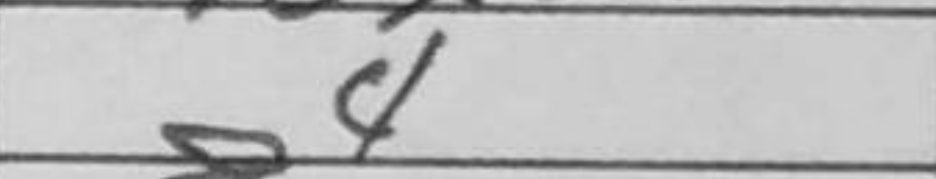
Transcription: g4